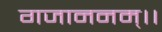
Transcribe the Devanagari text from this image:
गजाननम्।।